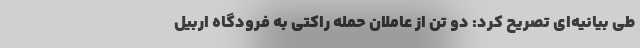
طی بیانیه‌ای تصریح کرد: دو تن از عاملان حمله راکتی به فرودگاه اربیل